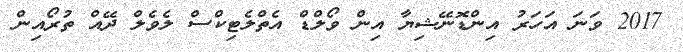
2017 ވަނަ އަހަރު އިންޑޮނޭޝިޔާ އިން ވޯލްޑް އެތްލެޓިކްސް ލެވެލް ދޭއް ތުރޯއިން